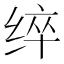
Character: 𮉬